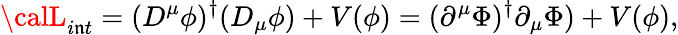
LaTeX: {\calL}_{i\mathfrak{n}t}=(D^{\mu}\phi)^{\dagger}(D_{\mu}\phi)+V(\phi)=(\partial^{\mu}\Phi)^{\dagger}\partial_{\mu}\Phi)+V(\phi),